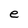
Character: e